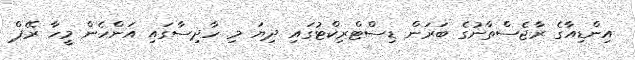
އިންޑިއާގެ ރާޖެސްތާނުގެ ބަރަން ޑިސްޓްރިކްޓުުގައި ދިޔަ މި ހާދިސާގައި އަންހެން މީހާ ރޭޕް